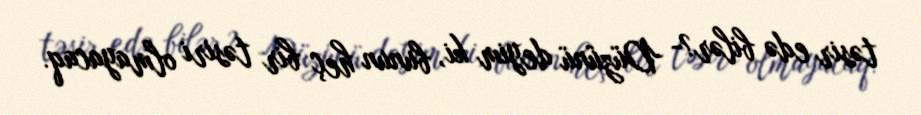
təsir edə bilər?- Düzünü deyim ki, bunun heç bir təsiri olmayacaq.